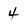
Character: 4